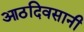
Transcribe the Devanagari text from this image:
आठदिवसानी